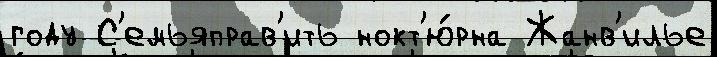
году С'емьяправ'ить нокт'ю́рна Жанв'илье